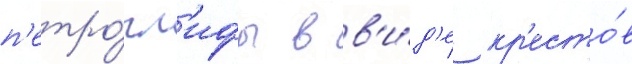
п'етро́гл'ифы в в'и́д'е кр'есто́в